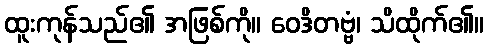
ထူးကုန်သည်၏ အဖြစ်ကို။ ဝေဒိတဗ္ဗံ၊ သိထိုက်၏။